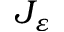
J _ { \varepsilon }